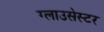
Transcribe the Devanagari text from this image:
ग्लाउसेस्टर